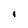
Character: i